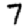
Digit: 7